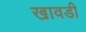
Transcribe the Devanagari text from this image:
खावडी